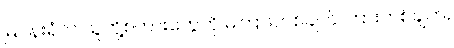
မြဝန်းရံက သူတို့စကားတွေကို မကြားတစ်ချက် ကြားတစ်ချက်။